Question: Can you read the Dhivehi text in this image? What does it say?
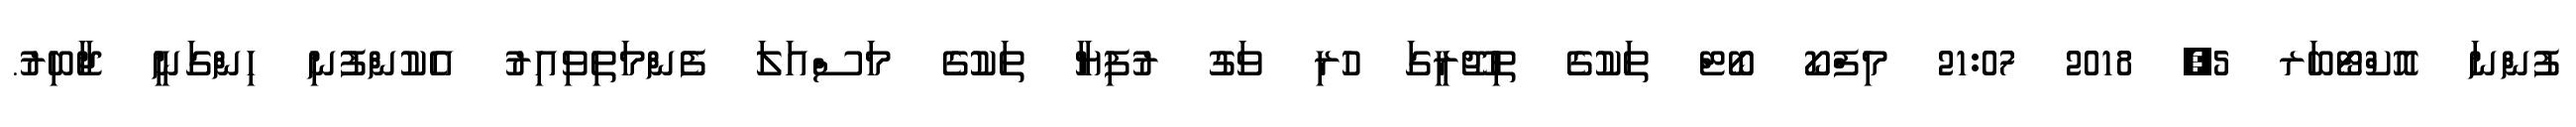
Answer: ފުންނަ އޮކްޓޯބަރ 5, 2018 21:07 މިފްކޯ ބޯޓް ތަކުގެ ތިޖޫރީގަ ހުރި ވަގު ރުފިޔާ ތަކުގެ މަސްއަލަ ފެންމަތިވިއިރު އެކުންފުނި ހިންގަނީ ޖާބިރު.